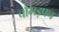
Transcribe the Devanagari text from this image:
चौमड़पन